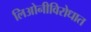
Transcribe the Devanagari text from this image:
लिओनीविरोधात